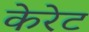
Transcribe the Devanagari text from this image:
केरेट